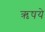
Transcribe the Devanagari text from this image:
ऋषये